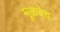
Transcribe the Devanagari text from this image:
मूळचेच